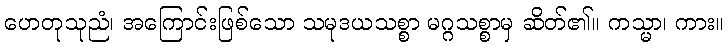
ဟေတုသုညံ၊ အကြောင်းဖြစ်သော သမုဒယသစ္စာ မဂ္ဂသစ္စာမှ ဆိတ်၏။ ကသ္မာ၊ ကား။